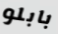
بابلو